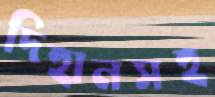
দিহানসহ